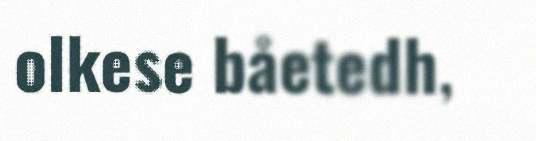
olkese båetedh,